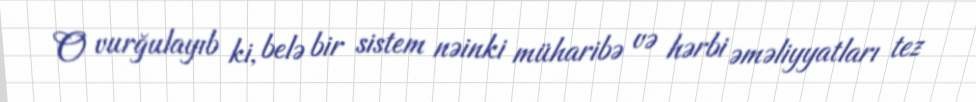
O vurğulayıb ki, belə bir sistem nəinki müharibə və hərbi əməliyyatları tez